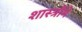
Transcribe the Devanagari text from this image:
शास्त्रौंमे